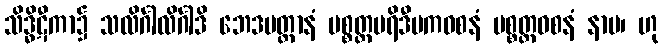
သိဒ္ဓိဋီကာ၌ သလိင်္ဂါလိင်္ဂါဒိ ဘေဒမတ္ထာနံ ပစ္စတ္တပရိဒီပကဝစနံ ပစ္စတ္တဝစနံ နာမ၊ ဟု